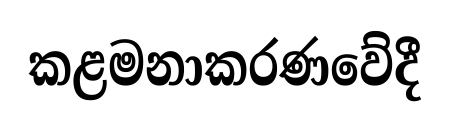
කළමනාකරණවේදී